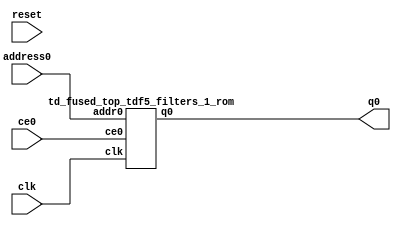
`define EXPONENT 5
`define MANTISSA 10
`define ACTUAL_MANTISSA 11
`define EXPONENT_LSB 10
`define EXPONENT_MSB 14
`define MANTISSA_LSB 0
`define MANTISSA_MSB 9
`define MANTISSA_MUL_SPLIT_LSB 3
`define MANTISSA_MUL_SPLIT_MSB 9
`define SIGN 1
`define SIGN_LOC 15
`define DWIDTH (`SIGN+`EXPONENT+`MANTISSA)
`define IEEE_COMPLIANCE 1

module td_fused_top_tdf5_filters_1(
    reset,
    clk,
    address0,
    ce0,
    q0);

parameter DataWidth = 32'd32;
parameter AddressRange = 32'd2304;
parameter AddressWidth = 32'd12;
input reset;
input clk;
input[AddressWidth - 1:0] address0;
input ce0;
output[DataWidth - 1:0] q0;



td_fused_top_tdf5_filters_1_rom td_fused_top_tdf5_filters_1_rom_U(
    .clk( clk ),
    .addr0( address0 ),
    .ce0( ce0 ),
    .q0( q0 )
);

endmodule
  module td_fused_top_tdf5_filters_1_rom (
addr0, ce0, q0, clk);

parameter DWIDTH = 32;
parameter AWIDTH = 12;
parameter MEM_SIZE = 2304;

input[AWIDTH-1:0] addr0;
input ce0;
output reg[DWIDTH-1:0] q0;
input clk;

 reg [DWIDTH-1:0] ram[MEM_SIZE-1:0];

//initial begin
//    $readmemh("./td_fused_top_tdf5_filters_1_rom.dat", ram);
//end



always @(posedge clk)  
begin 
    if (ce0) 
    begin
        q0 <= ram[addr0];
    end
end



endmodule